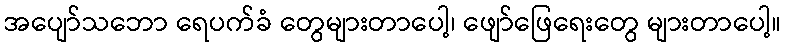
အပျော်သဘော ရေပက်ခံ တွေများတာပေါ့၊ ဖျော်ဖြေရေးတွေ များတာပေါ့။